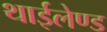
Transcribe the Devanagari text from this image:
थाईलेण्ड